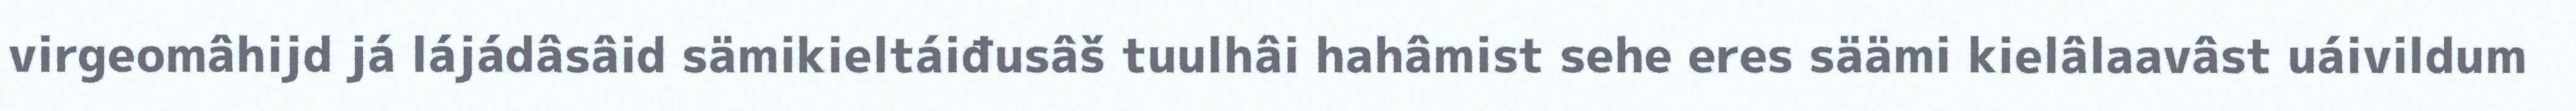
virgeomâhijd já lájádâsâid sämikieltáiđusâš tuulhâi hahâmist sehe eres säämi kielâlaavâst uáivildum